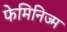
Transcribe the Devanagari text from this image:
फेमिनिज्म